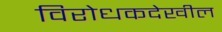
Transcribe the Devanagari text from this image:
विरोधकदेखील